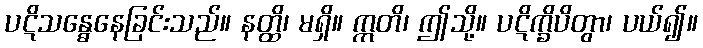
ပဋိသန္ဓေနေခြင်းသည်။ နတ္ထိ၊ မရှိ။ ဣတိ၊ ဤသို့။ ပဋိက္ခိပိတွာ၊ ပယ်၍။